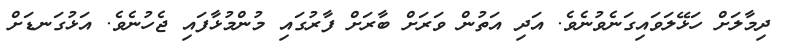
ދިމާލަށް ހަޅޭލަވައިގަނެވުނެވެ. އަދި އަތުން ވަރަށް ބާރަށް ފާރުގައި މުންމުޅާފައި ޖެހުނެވެ. އަޅުގަނޑަށް